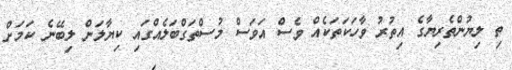
ތި ލިޔުންތެރިޔާގެ އިތުރު ވާހަކަތަކެއް ވެސް އަވަސް މުސްތަގްބަލެއްގައި ކިޔާލަން ލިބޭނެ ކަމަށް